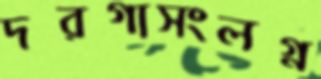
দরগাসংলগ্ন